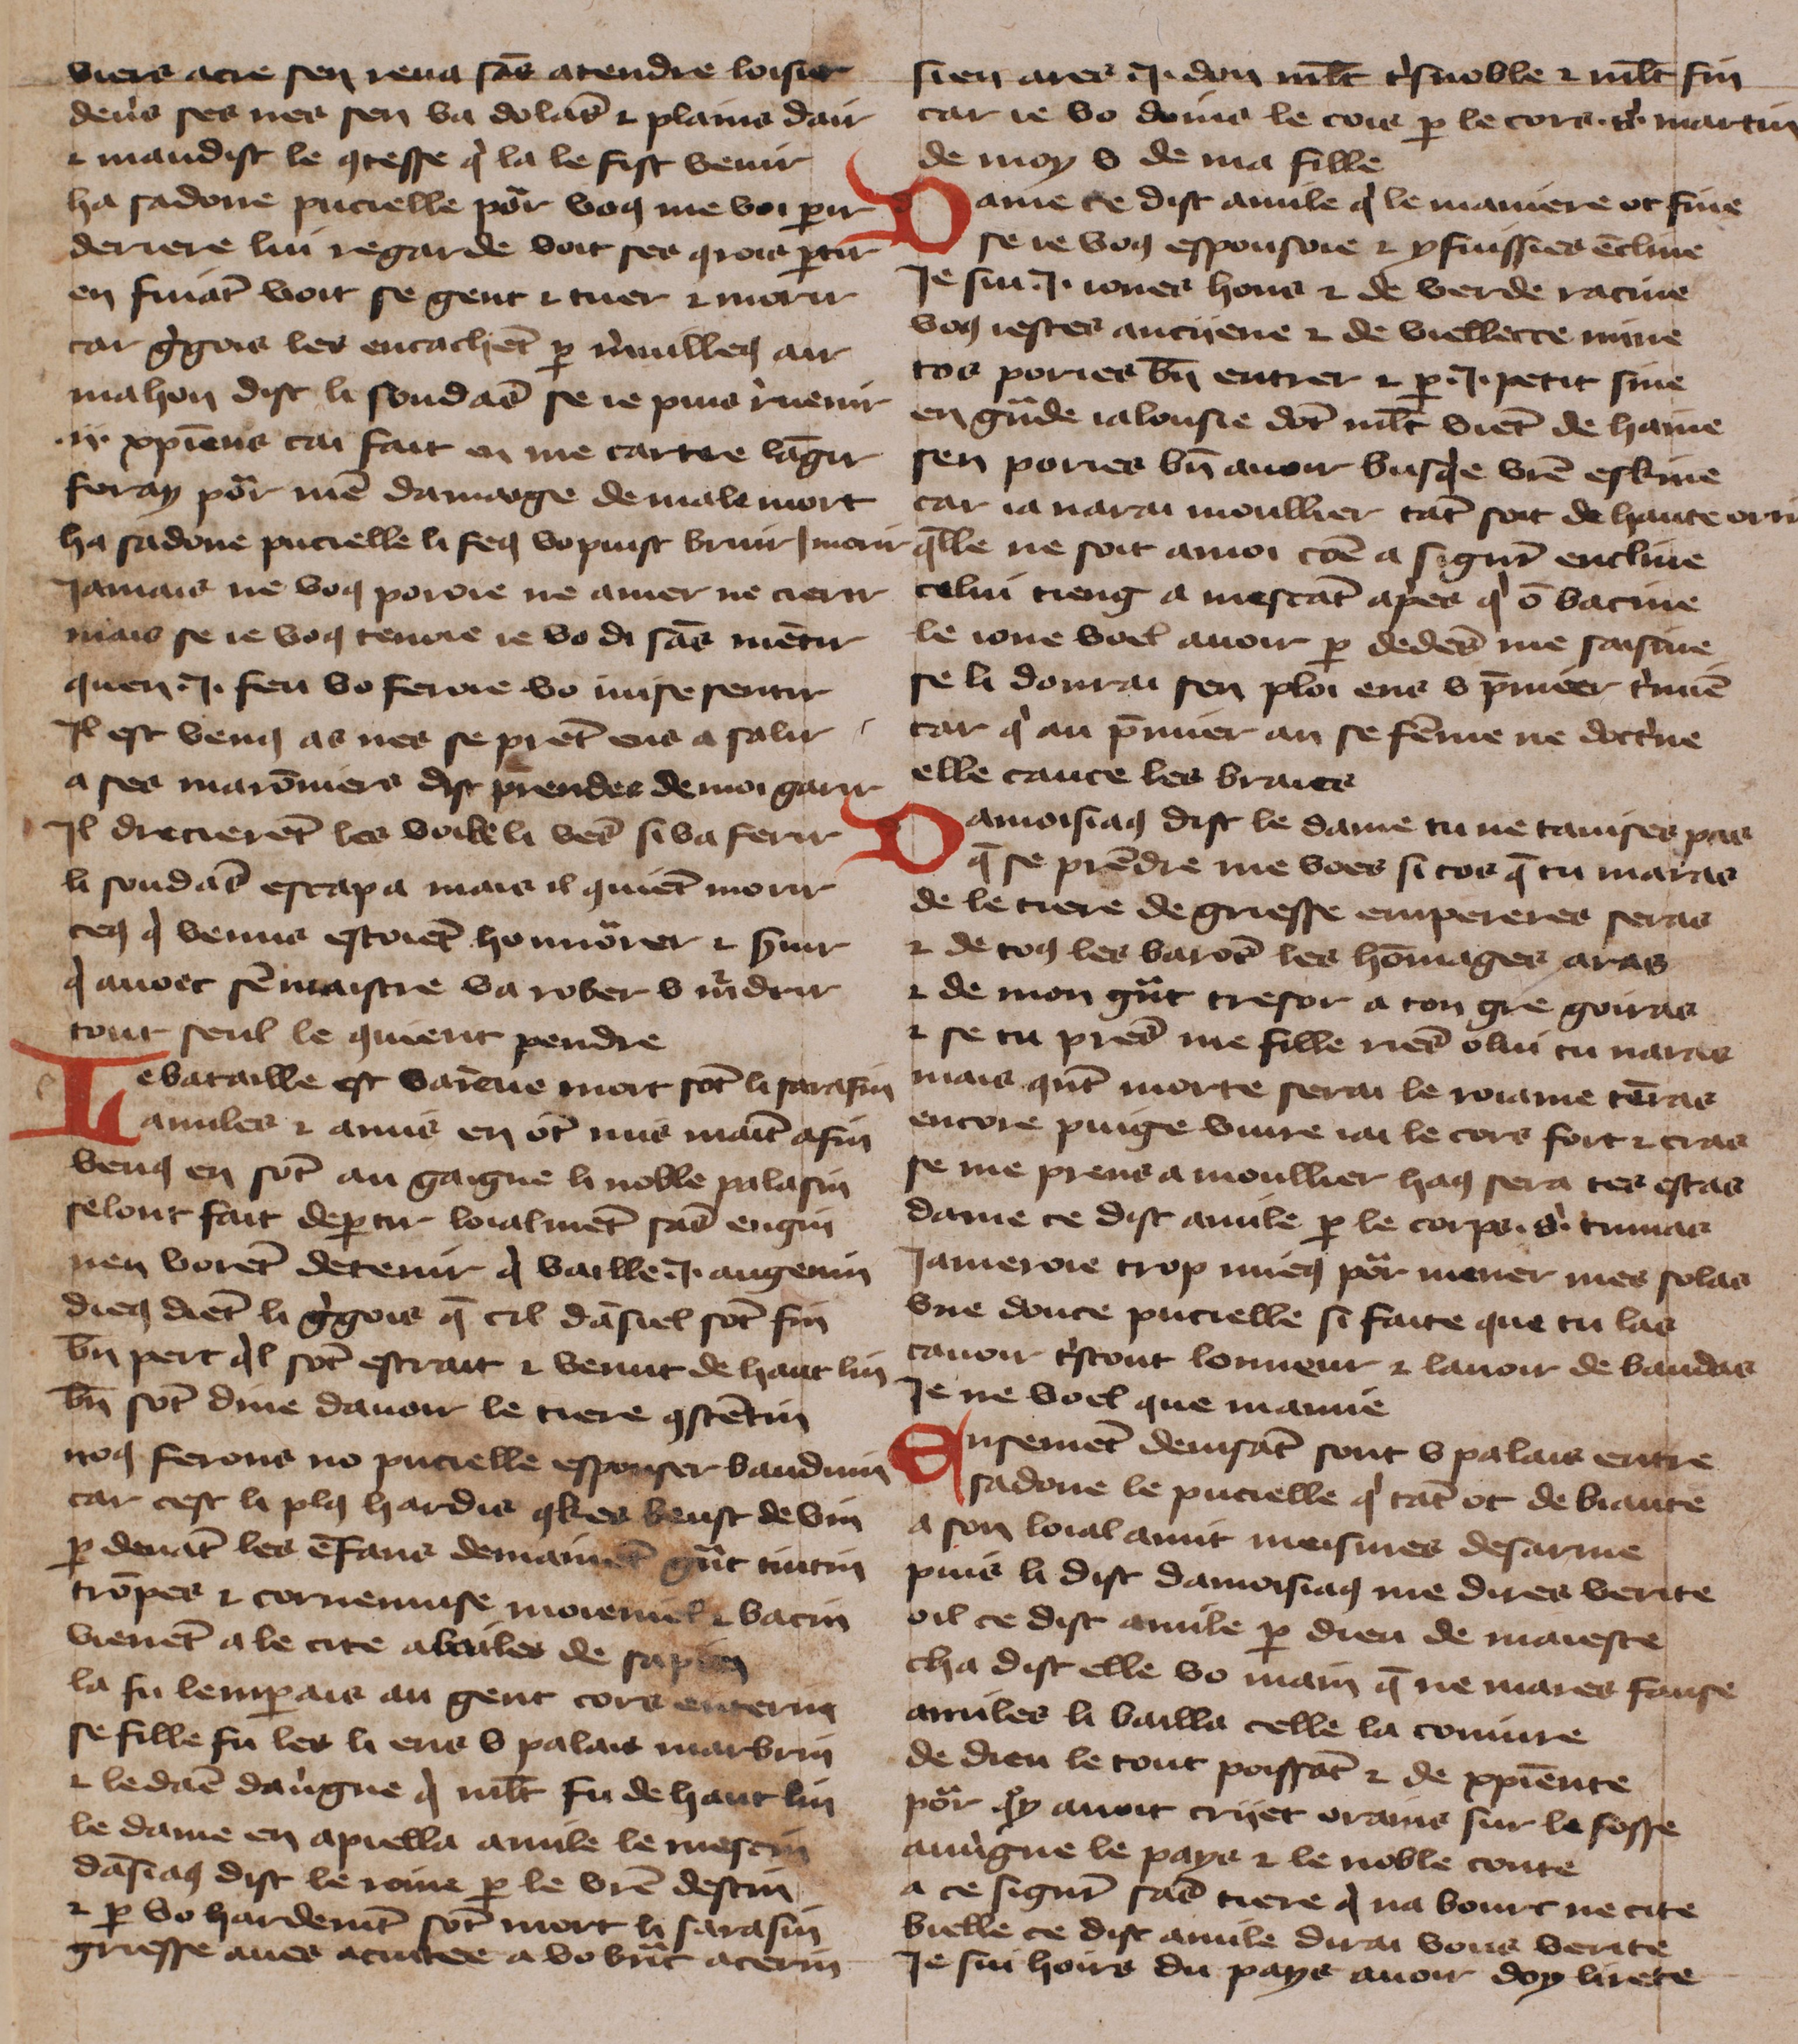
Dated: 1425–1425